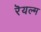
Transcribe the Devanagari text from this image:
रॆयल्म